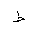
Letter: _da